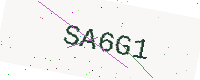
Text: SA6G1